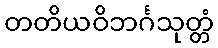
တတိယဝိဘင်္ဂသုတ္တံ